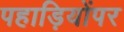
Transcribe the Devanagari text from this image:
पहाड़ियोंपर